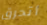
أتحرق